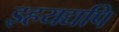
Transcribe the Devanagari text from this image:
इहयद्यपि